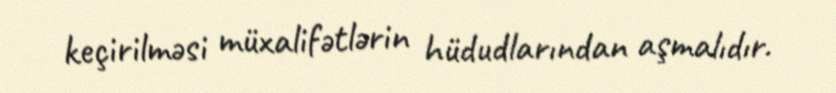
keçirilməsi müxalifətlərin hüdudlarından aşmalıdır.